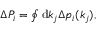
\begin{array} { r } { \Delta P _ { i } = \oint \mathrm { d } k _ { j } \Delta p _ { i } ( k _ { j } ) , } \end{array}